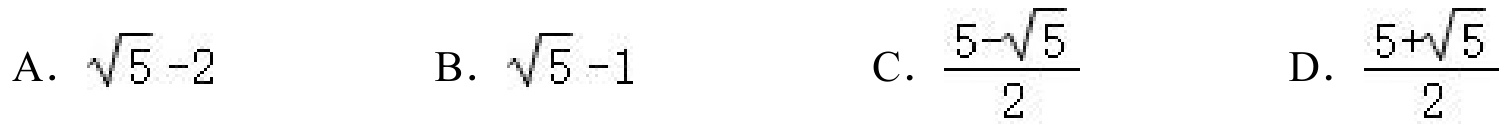
A. \(\sqrt{5}-2\)
B. \(\sqrt{5}-1\)
C. \(\frac{5 - \sqrt{5}}{2}\)
D. \(\frac{5+\sqrt{5}}{2}\)